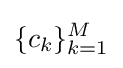
\{c_{k}\}_{k=1}^{M}